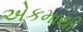
એકમાથી